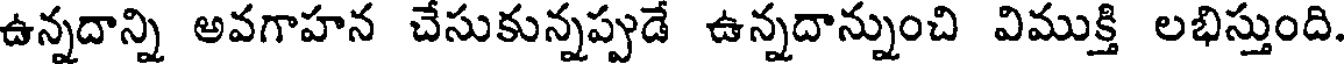
ఉన్నదాన్ని అవగాహన చేసుకున్నప్పుడే ఉన్నదాన్నుంచి విముక్తి లభిస్తుంది.